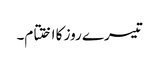
تیسرے روز کا اختتام۔